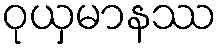
ဝုယှမာနဿ